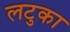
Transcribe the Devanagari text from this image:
लटुका